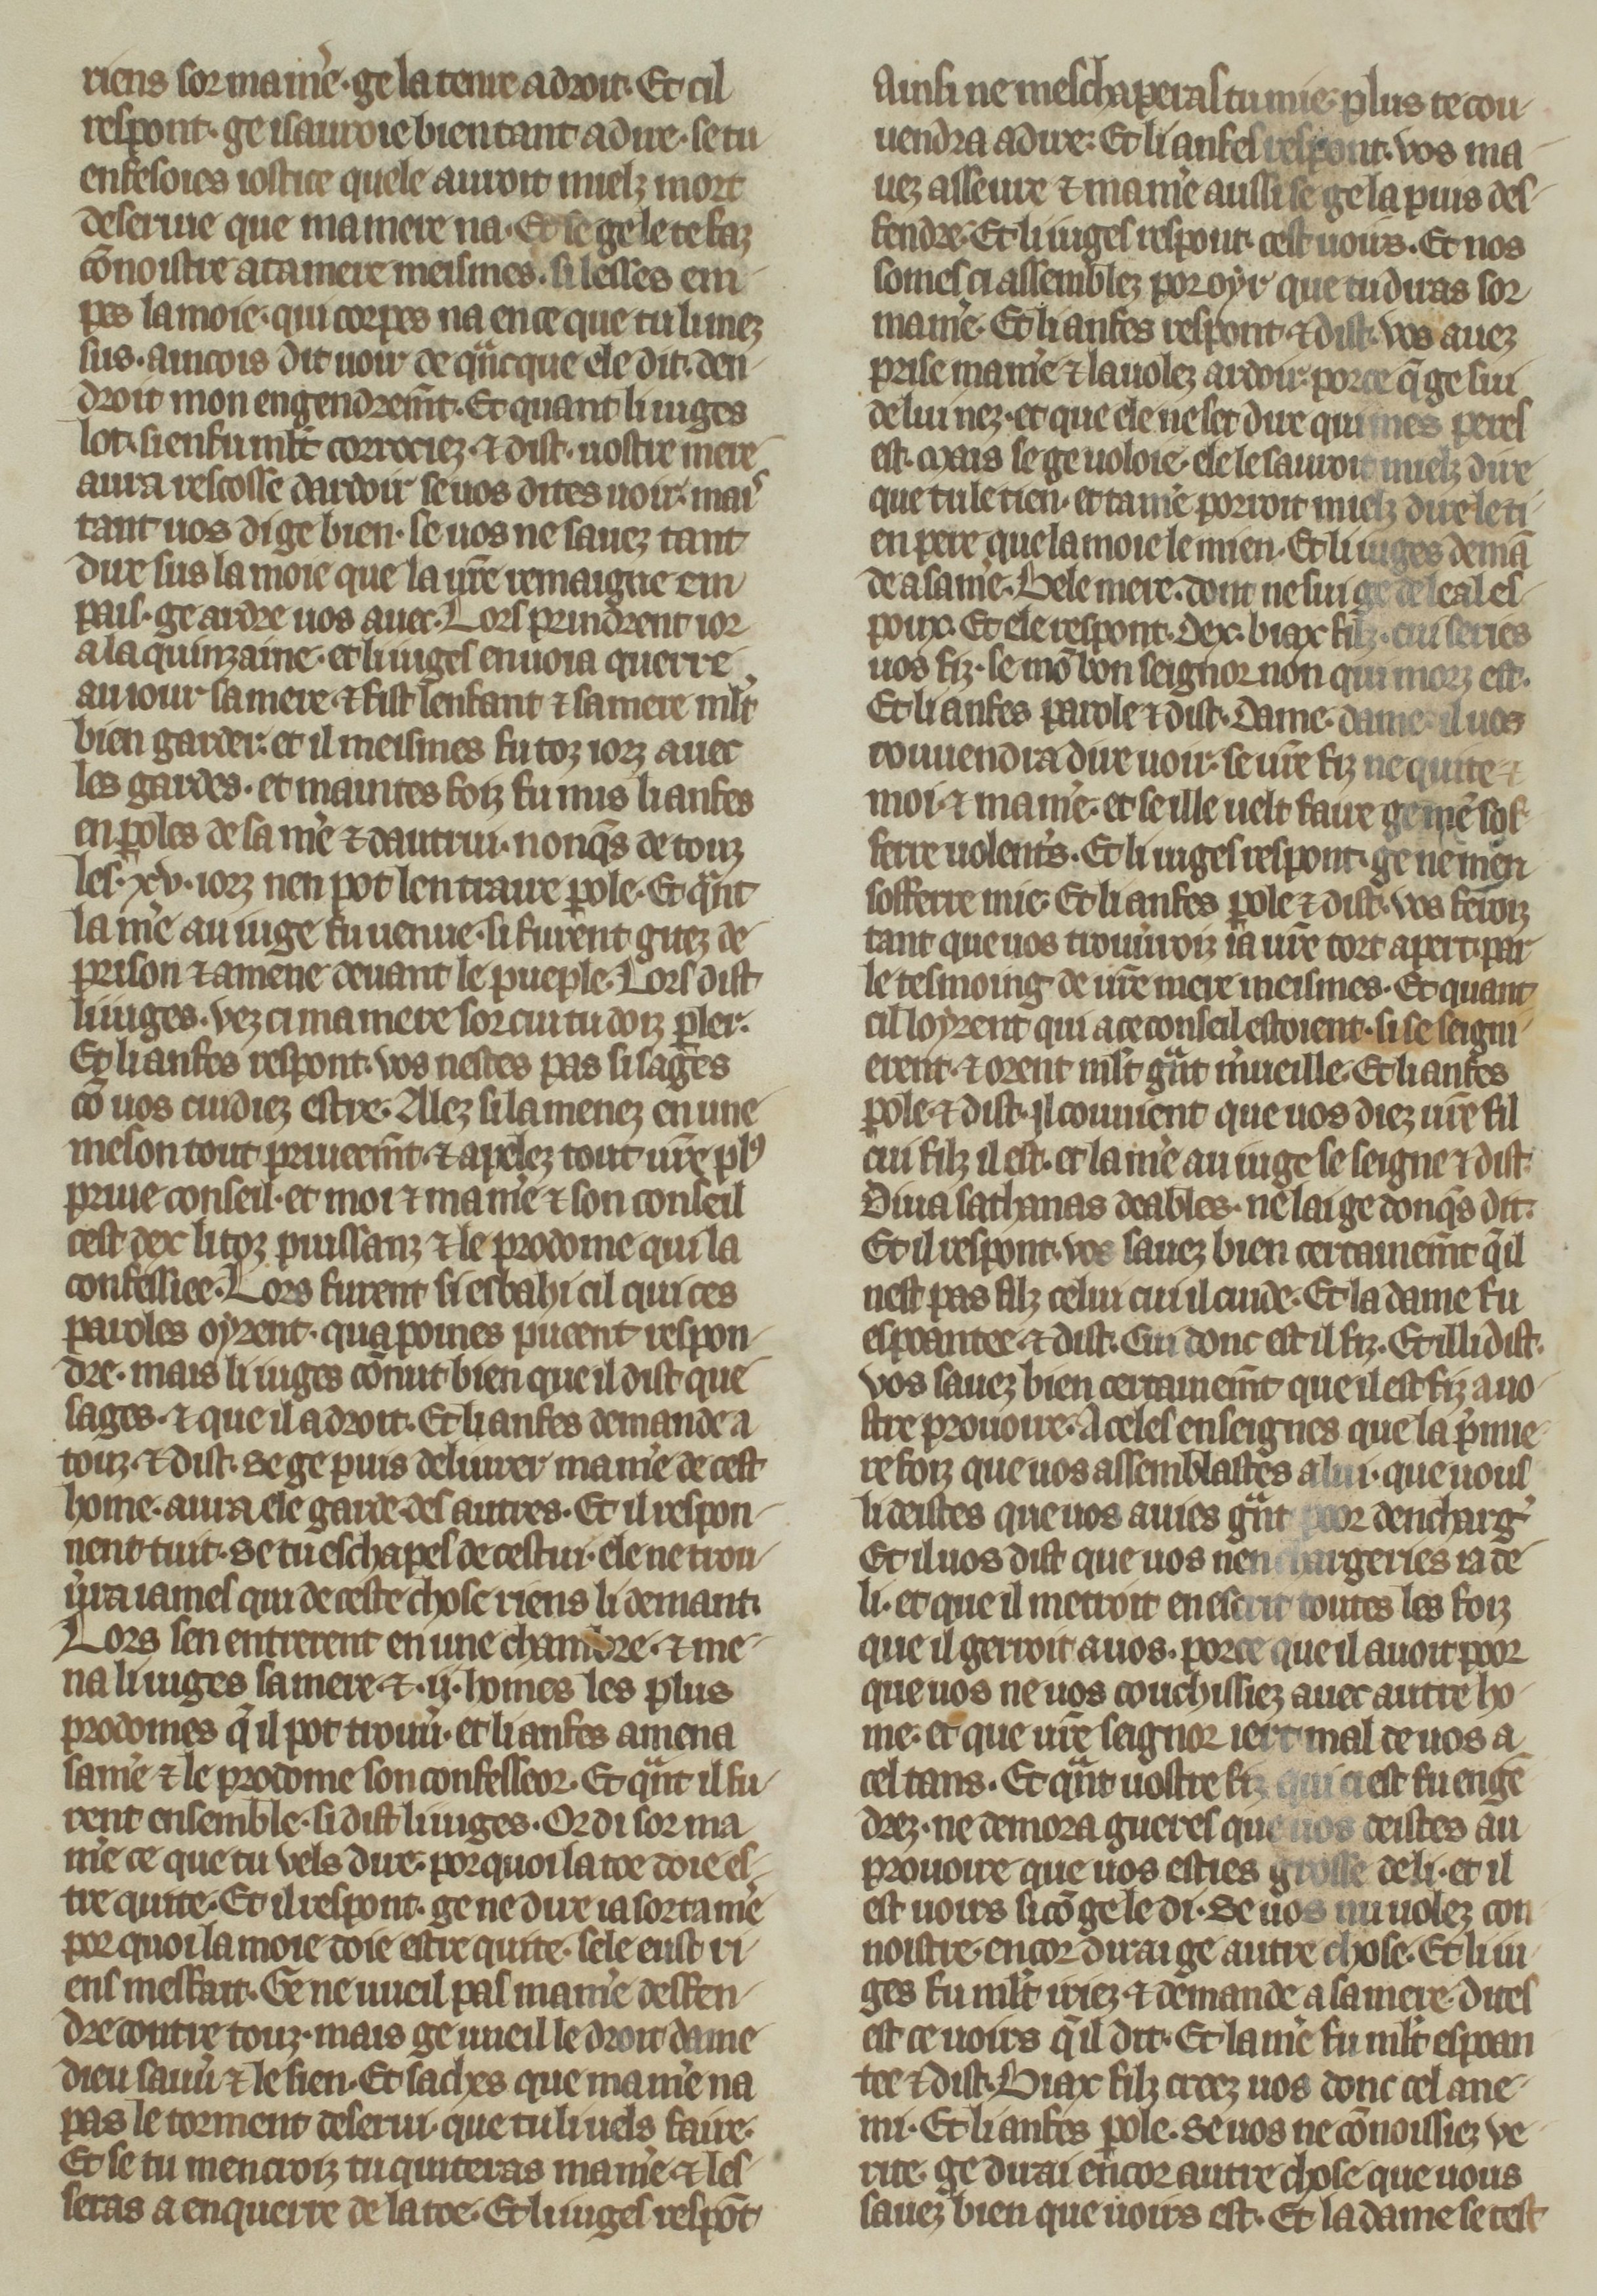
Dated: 1270–1299